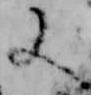
又